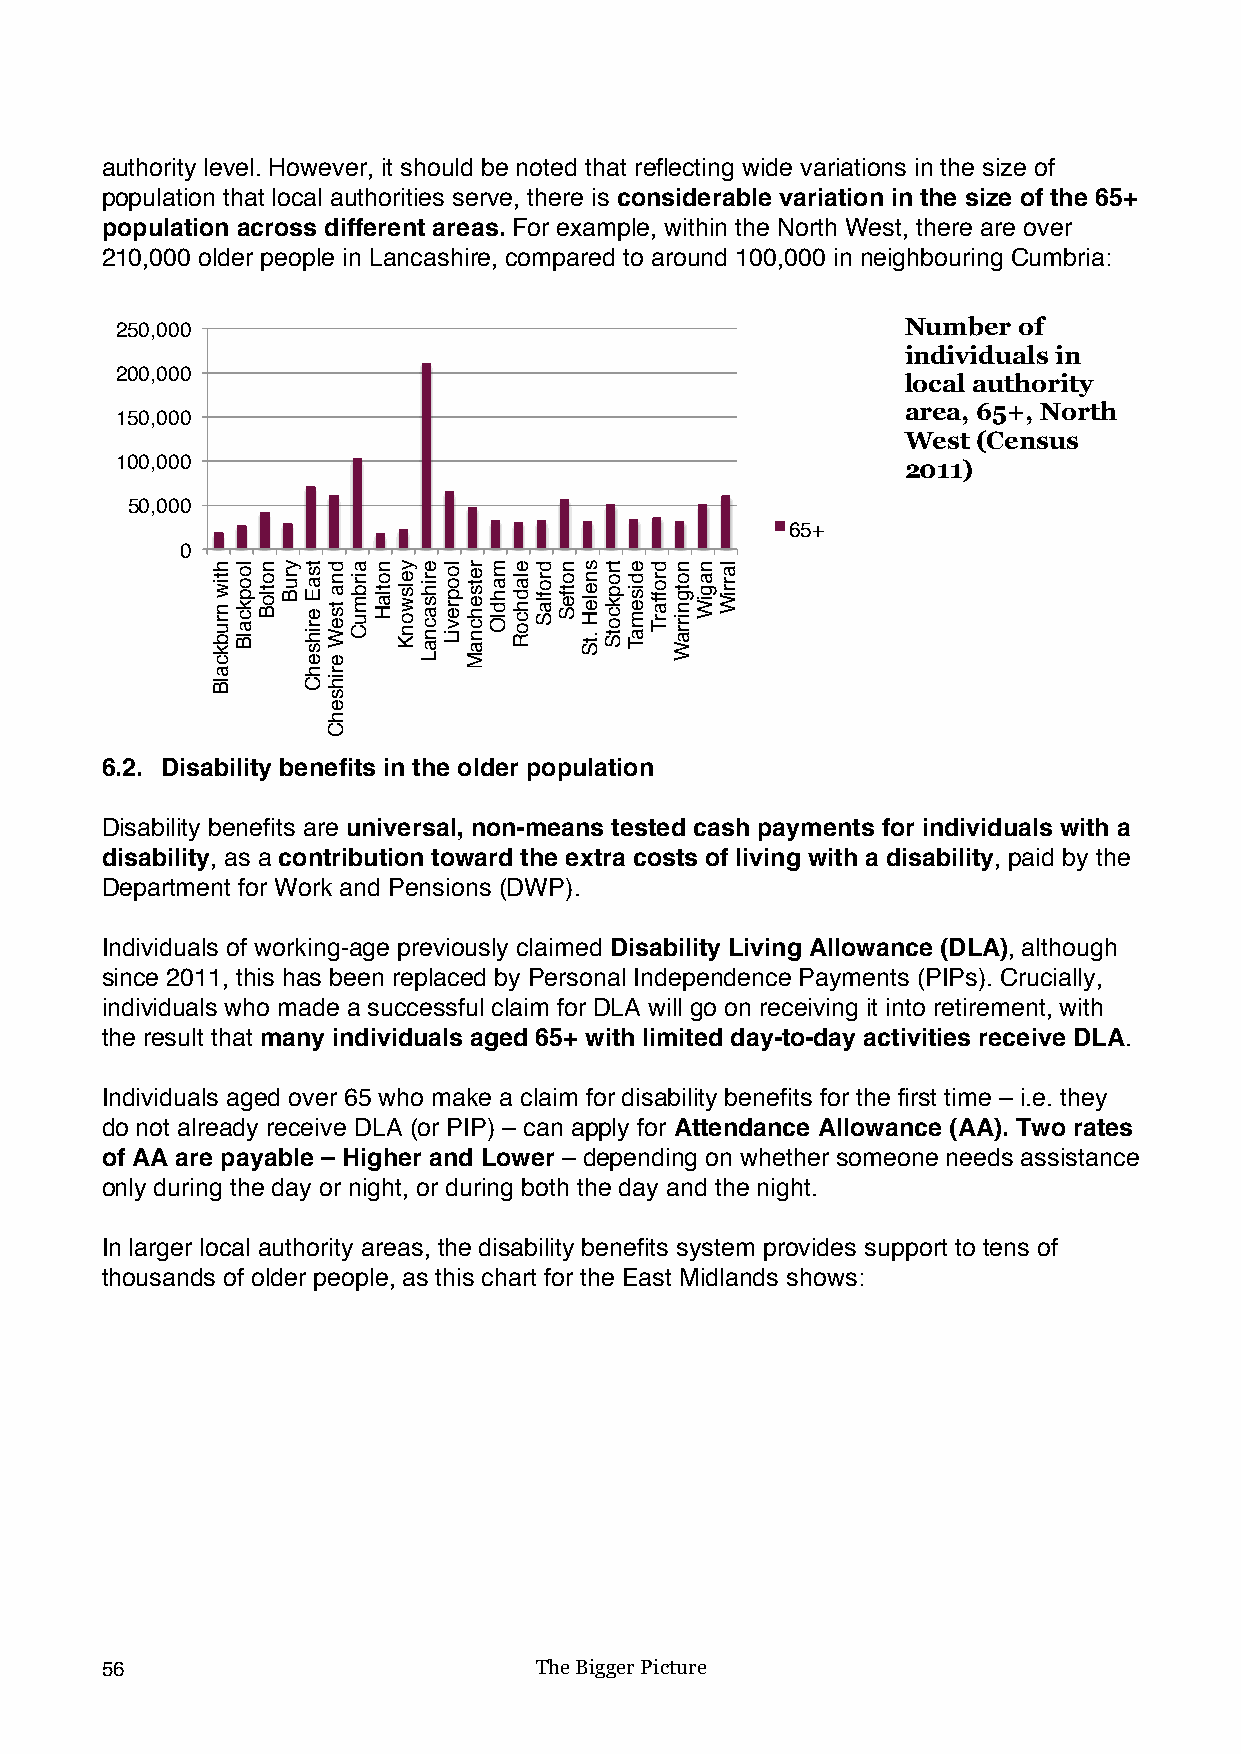
authority level. However, it should be noted that reflecting wide variations in the size of
 population that local authorities serve, there is considerable variation in the size of the 65+
 population across different areas. For example, within the North West, there are over
 210,000 older people in Lancashire, compared to around 100,000 in neighbouring Cumbria:
 250,000                                             Number of
 individuals in
 200,000
 local authority
 area, 65+, North
 150,000
 West (Census
 100,000                                             2011)
 50,000
 65+
 0
 6.2. Disability benefits in the older population
 Disability benefits are universal, non-means tested cash payments for individuals with a
 disability, as a contribution toward the extra costs of living with a disability, paid by the
 Department for Work and Pensions (DWP).
 Individuals of working-age previously claimed Disability Living Allowance (DLA), although
 since 2011, this has been replaced by Personal Independence Payments (PIPs). Crucially,
 individuals who made a successful claim for DLA will go on receiving it into retirement, with
 the result that many individuals aged 65+ with limited day-to-day activities receive DLA.
 Individuals aged over 65 who make a claim for disability benefits for the first time – i.e. they
 do not already receive DLA (or PIP) – can apply for Attendance Allowance (AA). Two rates
 of AA are payable – Higher and Lower – depending on whether someone needs assistance
 only during the day or night, or during both the day and the night.
 In larger local authority areas, the disability benefits system provides support to tens of
 thousands of older people, as this chart for the East Midlands shows:
 56                          The Bigger Picture
 htiw
 nrubkcalB
 loopkcalB notloB yruB tsaE
 erihsehC
 dna
 tseW
 erihsehC
 airbmuC notlaH yelswonK erihsacnaL loopreviL retsehcnaM mahdlO eladhcoR droflaS notfeS sneleH
 .tS
 tropkcotS edisemaT droffarT notgnirraW nagiW larriW